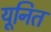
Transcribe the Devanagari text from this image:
यूनित